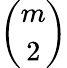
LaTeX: \binom m2